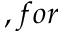
, f o r